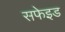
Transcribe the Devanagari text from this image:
सफेइड